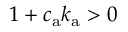
1 + c _ { \mathrm { a } } k _ { \mathrm { a } } > 0